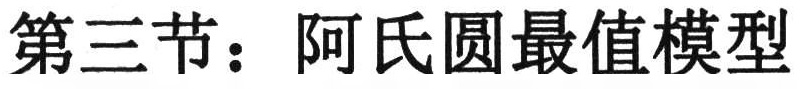
第三节：阿氏圆最值模型